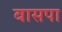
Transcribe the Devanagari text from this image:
बासपा